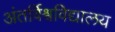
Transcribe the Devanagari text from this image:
अंतर्विश्वविद्यालय